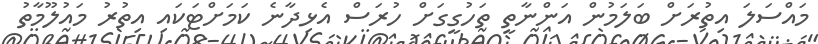
މައްސަލަ އިތުރަށް ބަލަމުން އަންނާތީ ތަހުގީގަށް ހުރަސް އެޅިދާނެ ކަމަށްޓަކައި އިތުރު މައުލޫމާތު